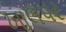
ખાલપર